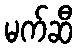
မက်ဆီ